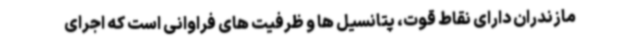
مازندران دارای نقاط قوت، پتانسیل ها و ظرفیت های فراوانی است که اجرای